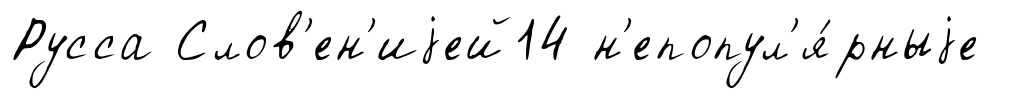
Русса Слов'ен'иjей14 н'епопул'я́рныjе